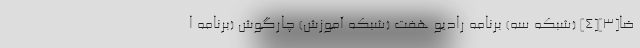
ضا[۳][۴] (شبکه سه) برنامه رادیو هفت (شبکه آموزش) چارگوش (برنامه ا